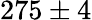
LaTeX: {275\pm 4}